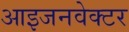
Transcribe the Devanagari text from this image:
आइजनवेक्टर